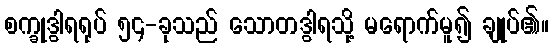
စက္ခုဒွါရရုပ် ၅၄-ခုသည် သောတဒွါရသို့ မရောက်မူ၍ ချုပ်၏။